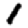
Digit: 1